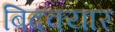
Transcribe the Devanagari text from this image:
बिदक्यार